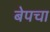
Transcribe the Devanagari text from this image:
बेपचा